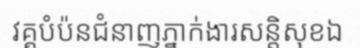
វគ្គបំប៉នជំនាញភ្នាក់ងារសន្តិសុខឯ